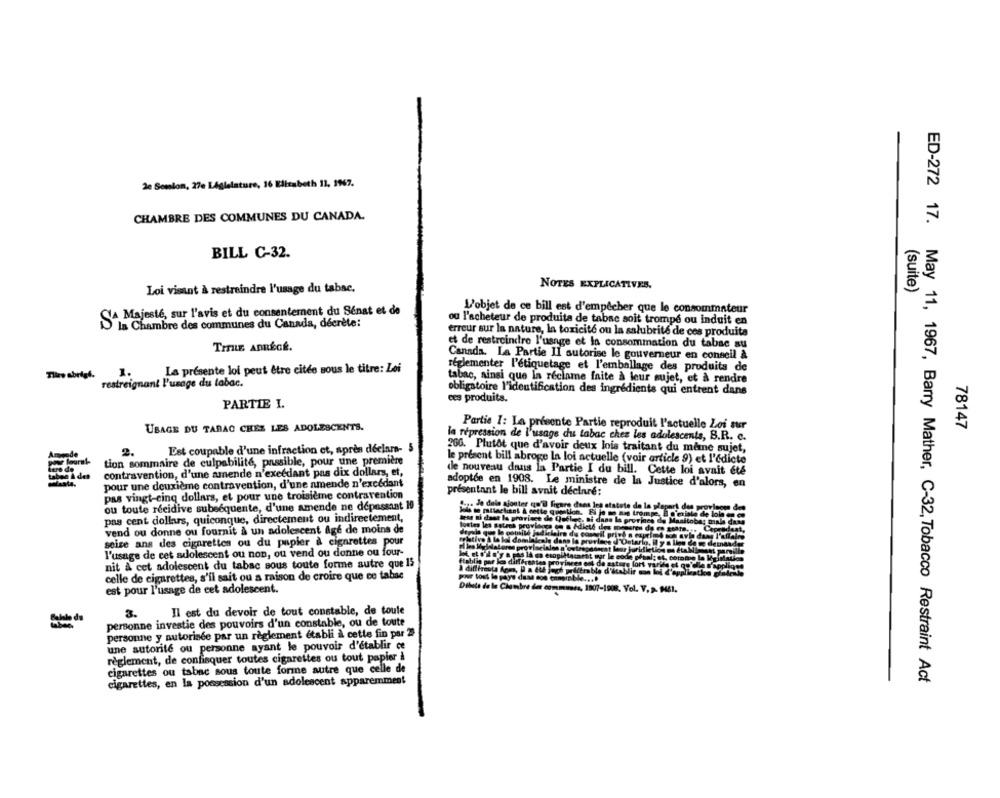
2e Semion, 27e Législature, 16 Elisabeth 11, 1967.
CHAMBRE DES COMMUNES DU CANADA.
BILL C-32.
NOTES EXPLICATIVES.
(suite)
Loi visant à restreindre l'usage du tabac.
CA Majesté, sur l'avis et du consentement du Sénat et de
L'objet de ce bill est d'empêcher que le consommateur
ou l'acheteur de produita de tabac soit trompé ou induit en
la Chambre des communes du Canada, décrète:
erreur sur la nature, la toxicité ou la salubrité de ces produits
et de restreindre l'usage et la consommation du tabac au
Canada. La Partie II autorise le gouverneur en conseil à
réglementer l'étiquetage et l'emballage des produits de
Tlire abrigf.
1.
La presente loi peut être citée sous le titre: Lei
restreignant l'usage du labac.
tabac, ainsi que In reclame faite à leur sujet, et à rendre
obligatoire l'identification des ingrédients qui entrent dans
ces produits.
PARTIE I.
USAGE DU TABAC CHEZ LES ADOLESCENTS.
Partie I: La presente Partie reproduit l'actuelle Loi sur
78147
la répression de l'usage du tabac chez les adolescents, B.R. c.
2.
Est coupable d'une infraction et, après déclara- 5
260. Plutôt que d'avoir deux lois traitant du meine sujet,
tion sommaire de culpabilité, passible, pour une première
le présent bill abroge la loi actuelle (voir article 9) et l'édicte
contravention, d'une amende n'excédant pas dix dollars, et,
dle nouveau dans la Partie I du bill. Cette loi avait été
pour une deuxième contravention, d'une amende n'excédant
adoptée en 1908. Le ministre de la Justice d'alors, en
pas vingt-cinq dollars, et pour une troisième contravention
présentant le bill avnit déclaré:
ou toute récidive subséquente, d'une amende ne dépassant 10
.. Je dela ajouter qu'il figaro dans les statute de la glepart
some des
pas cent dollars, quiconque, directement ou indirectement,
Jese si daet la province de Quflere, ai dass la provines de Maalto
la de lola en
male dass
toutes les satech provingca co a édicté des mesures de
vend ou donne ou fournit à un adolescent Age de moins de
depide que la couille jadirleirs de comovil privé a es
seize ans des cigarettes ou du papier à cigarettes pour
fristive A la bei dominicale dans la province d'Ontario, il y
l'usage de cet adolescent ou non, ou vend ou donne ou four-
nit à cet adolescent du tabac sous toute forme autre que 15
ftablis par les différentes p
i provinces ont de nature fort v
celle de cigarettes, s'il sait ou a raison de croire que ce tabac
pour tost le pays dans son ennproble ....
est pour l'usage de cet adolescent.
Dilata de la Chambre des communes, 1907-1908. Vol. V. A. ME1.
3.
Il est du devoir de tout constable, de toute
personne investie des pouvoirs d'un constable, ou de toute
personne y autorisée par un règlement établi à cette fin par 2
une autorité ou personne ayant le pouvoir d'établir ce
règlement, de confisquer toutes cigarettes ou tout papier i
cigarettes ou tabac sous toute forme autre que celle de
ED-272 17. May 11, 1967, Barry Mather, C-32, Tobacco Restraint Act
cigarettes, en la possession d'un adolescent apparemment